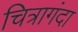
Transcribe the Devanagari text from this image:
चित्रागंदा